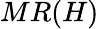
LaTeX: MR(H)